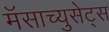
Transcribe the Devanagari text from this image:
मॅसाच्युसेट्स